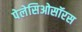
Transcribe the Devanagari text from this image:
पेलेसिओसॉरस